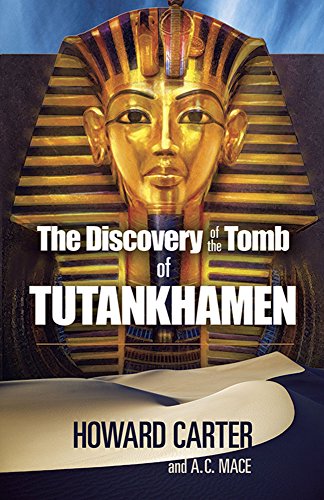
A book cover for The Discovery of the Tomb of Tutankhamen (Egypt); Howard Carter; History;